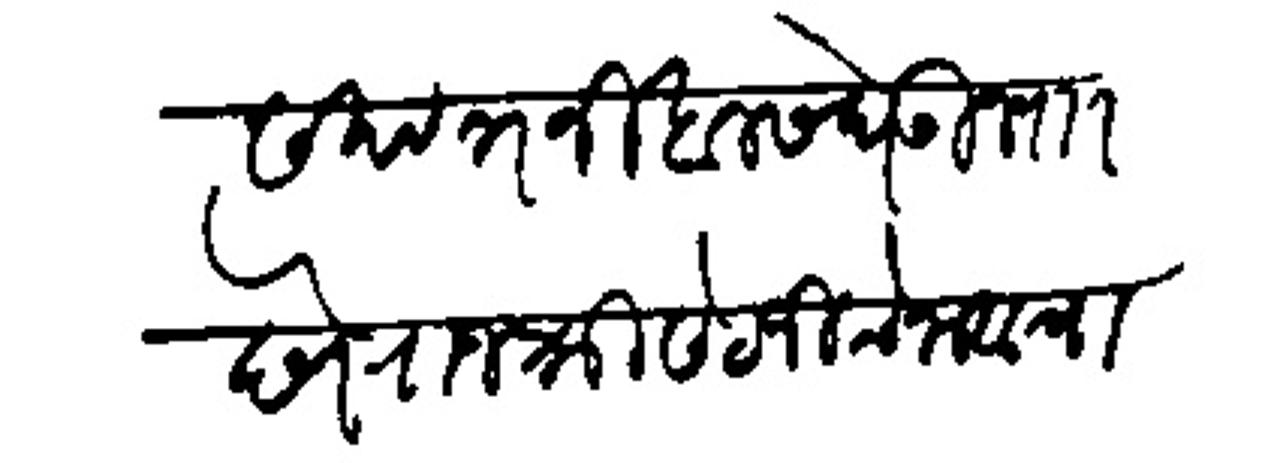
Transliteration (Devanagari): करण्यावि पत्र निखालस घेकन पाा देणे राजश्री सेटजीचे नावाचा